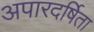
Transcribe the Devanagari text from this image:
अपारदर्षिता